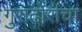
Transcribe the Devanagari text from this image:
गुराढोरांचा